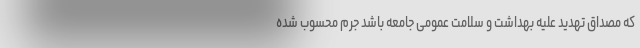
که مصداق تهدید علیه بهداشت و سلامت عمومی جامعه باشد جرم محسوب شده